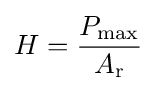
H={\frac {P_{\text{max}}}{A_{\text{r}}}}